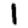
Digit: 1